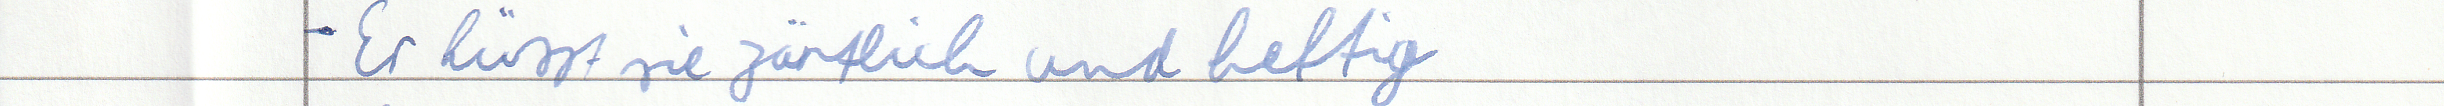
- Er küsst sie zärtlich und heftig